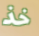
خذ